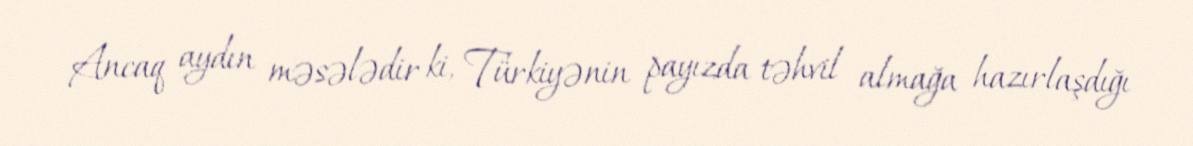
Ancaq aydın məsələdir ki, Türkiyənin payızda təhvil almağa hazırlaşdığı